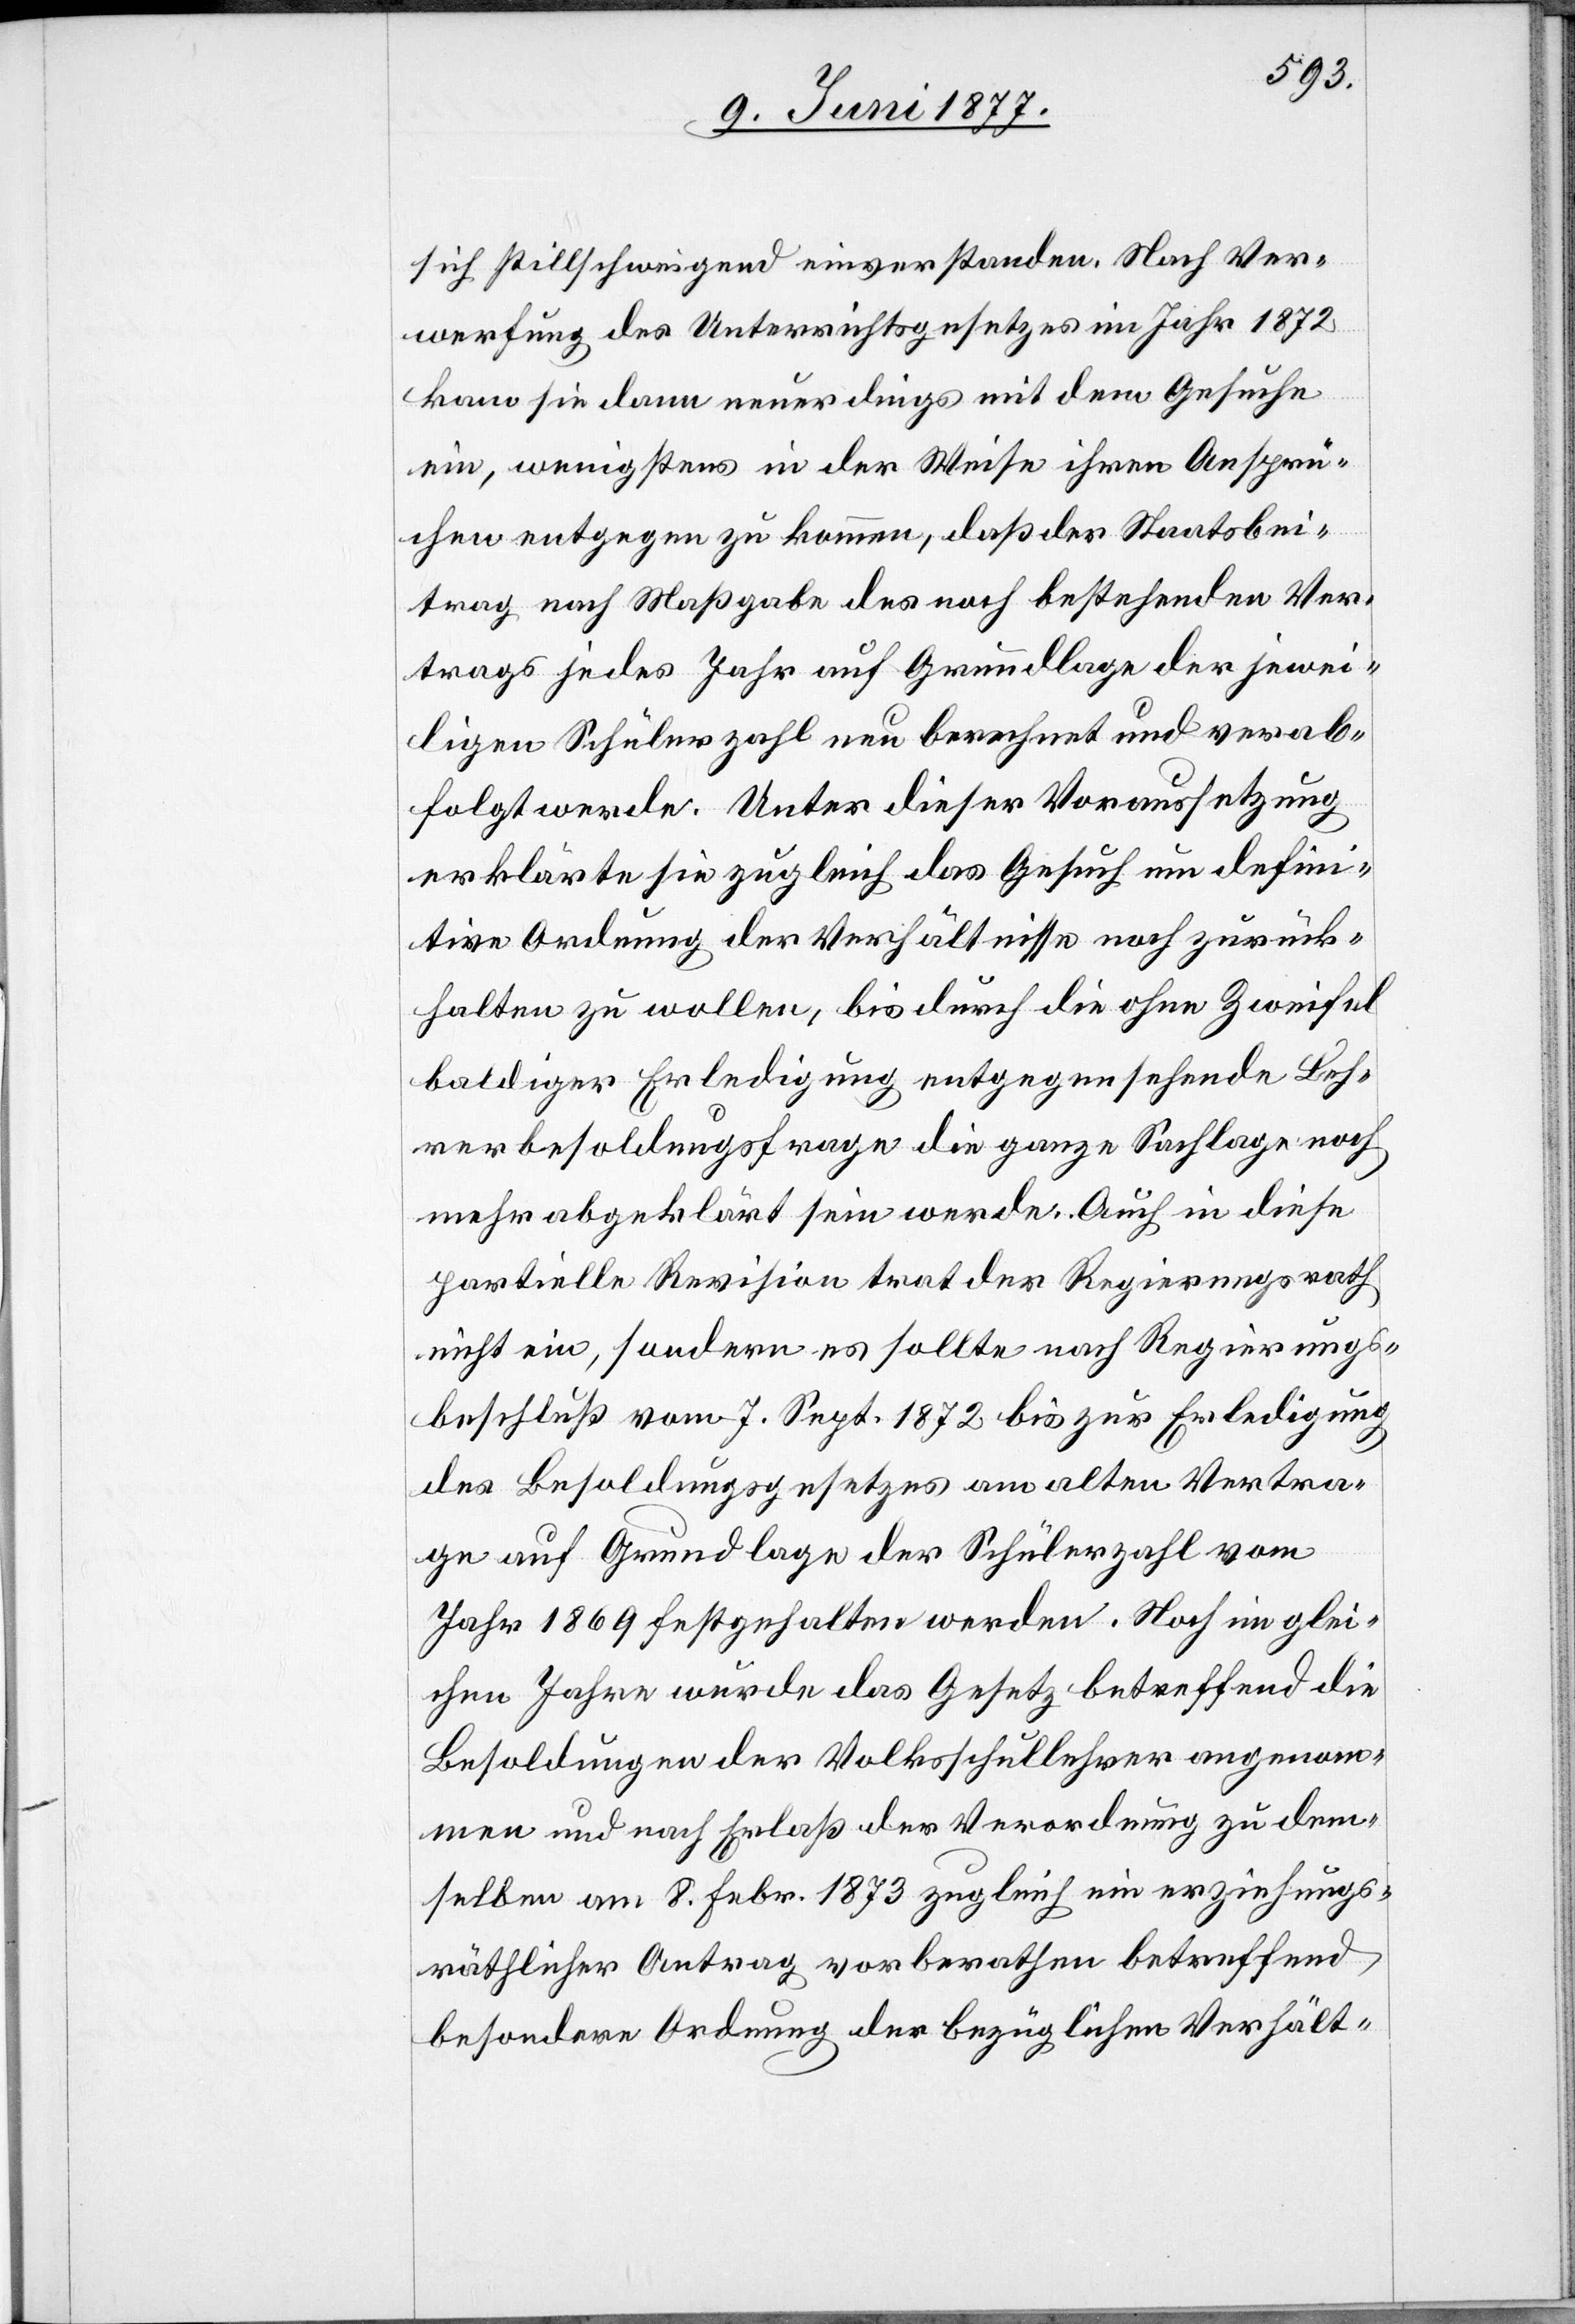
sich stillschweigend einverstanden. Nach Ver¬
werfung des Unterrichtsgesetzes im Jahr 1872
kam sie dann neuerdings mit dem Gesuche
ein, wenigstens in der Weise ihren Ansprü¬
chen entgegen zu kommen, daß der Staatsbei¬
trag nach Maßgabe des noch bestehenden Ver¬
trages jedes Jahr auf Grundlage der jewei¬
ligen Schülerzahl neu berechnet und verab¬
folgt werde. Unter dieser Voraussetzung
erklärte sie zugleich das Gesuch um defini¬
tive Ordnung der Verhältnisse noch zurück¬
halten zu wollen, bis durch die ohne Zweifel
baldiger Erledigung entgegensehende Leh¬
rerbesoldungsfrage die ganze Sachlage noch
mehr abgeklärt sein werde. Auch in diese
partielle Revision trat der Regierungsrath
nicht ein, sondern es sollte nach Regierungs¬
beschluß vom 7. Sept. 1872 bis zur Erledigung
des Besoldungsgesetzes am alten Vertra¬
ge auf Grundlage der Schülerzahl vom
Jahr 1869 festgehalten werden. Noch im glei¬
chen Jahre wurde das Gesetz betreffend die
Besoldungen der Volksschullehrer angenom¬
men und nach Erlaß der Verordnung zu dem¬
selben am 8. Febr. 1873 zugleich ein erziehungs¬
räthlicher Antrag vorberathen betreffend
besondere Ordnung der bezüglichen Verhält-